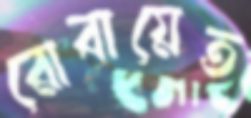
রোবায়েত